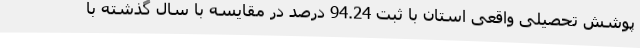
پوشش تحصیلی واقعی استان با ثبت 94.24 درصد در مقایسه با سال گذشته با